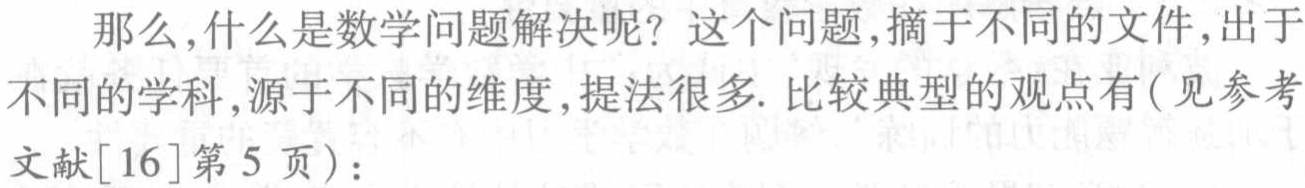
那么,什么是数学问题解决呢? 这个问题,摘于不同的文件,出于不同的学科,源于不同的维度,提法很多. 比较典型的观点有(见参考文献[16]第5页)：